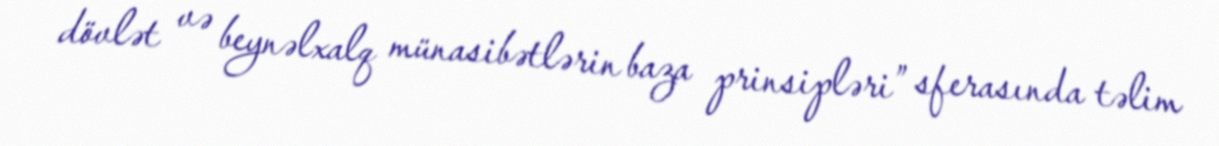
dövlət və beynəlxalq münasibətlərin baza prinsipləri” sferasında təlim